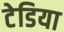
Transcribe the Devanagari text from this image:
टेडिया